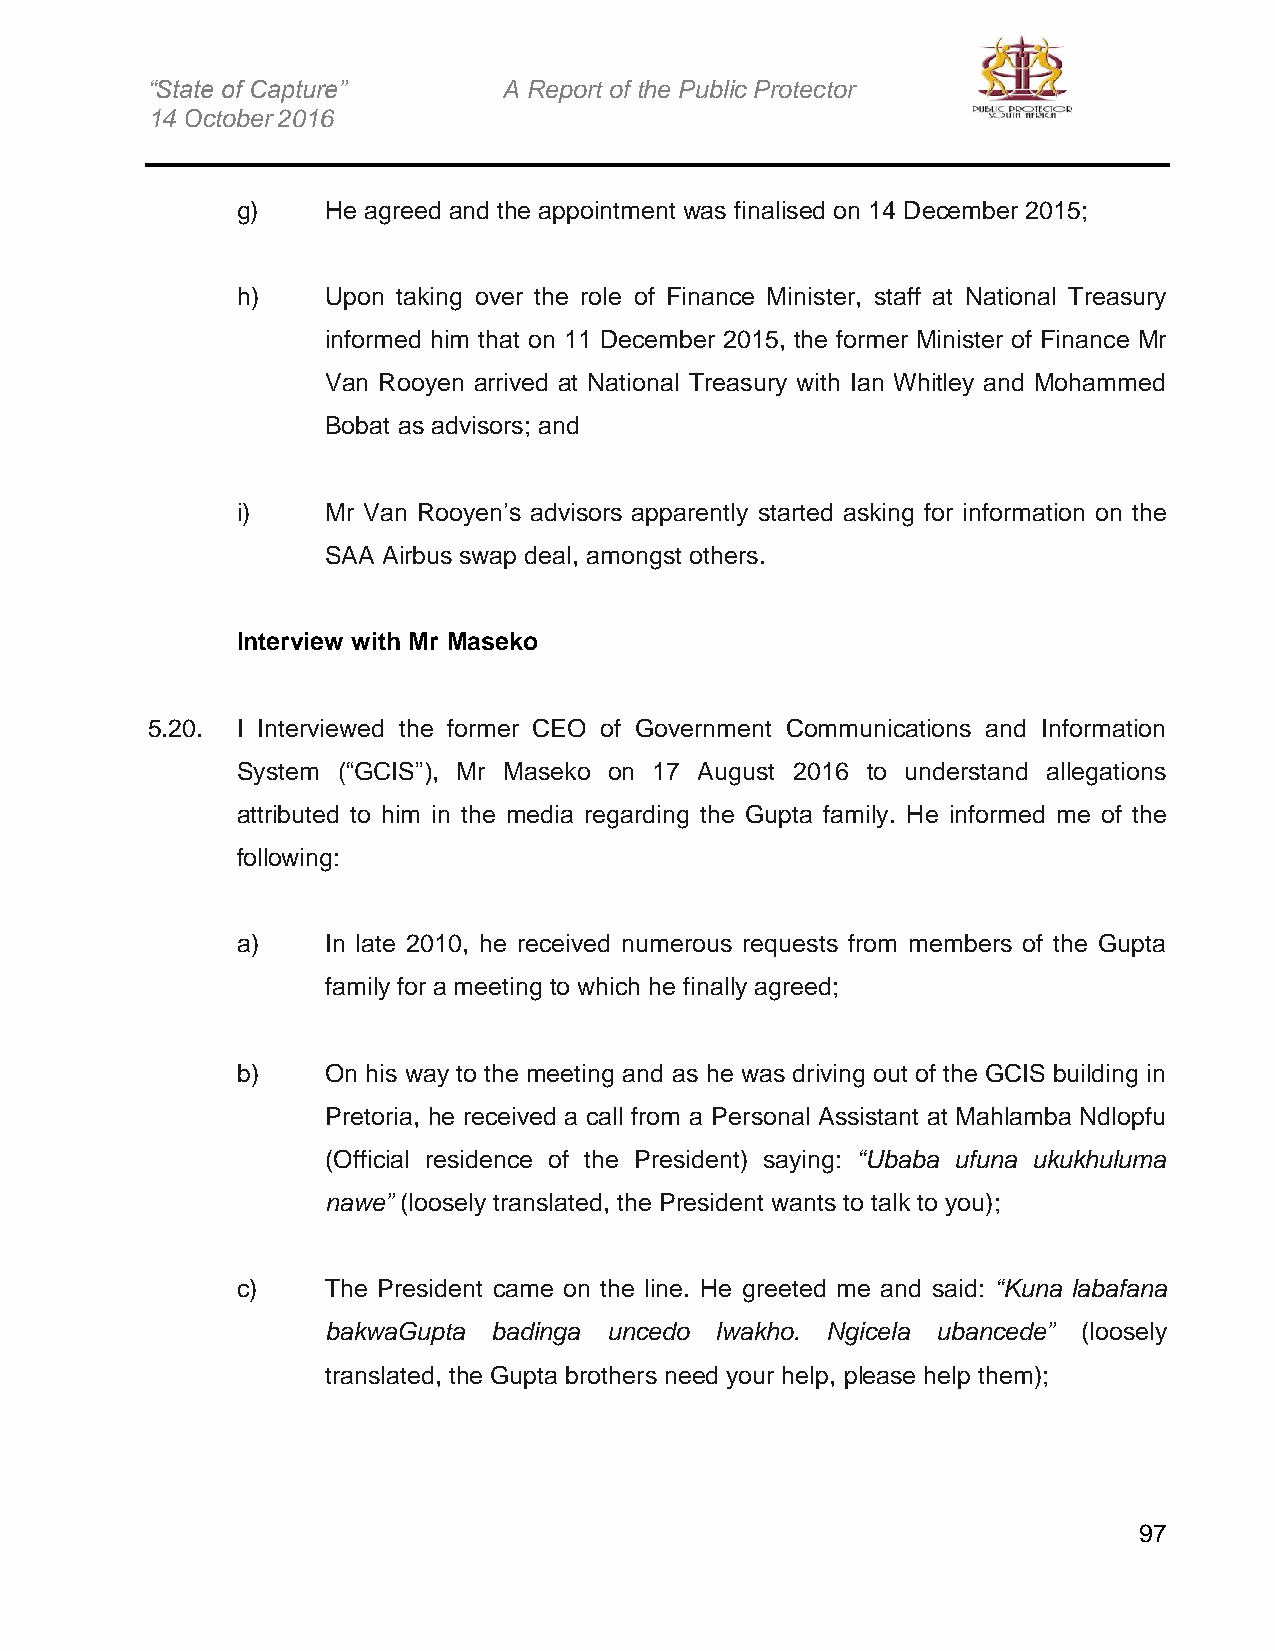
“State of Capture”     A Report of the Public Protector
 14 October 2016
 g)    He agreed and the appointment was finalised on 14 December 2015;
 h)    Upon taking over the role of Finance Minister, staff at National Treasury
 informed him that on 11 December 2015, the former Minister of Finance Mr
 Van Rooyen arrived at National Treasury with Ian Whitley and Mohammed
 Bobat as advisors; and
 i)    Mr Van Rooyen’s advisors apparently started asking for information on the
 SAA Airbus swap deal, amongst others.
 Interview with Mr Maseko
 5.20. I Interviewed the former CEO of Government Communications and Information
 System (“GCIS”), Mr Maseko on 17 August 2016 to understand allegations
 attributed to him in the media regarding the Gupta family. He informed me of the
 following:
 a)    In late 2010, he received numerous requests from members of the Gupta
 family for a meeting to which he finally agreed;
 b)    On his way to the meeting and as he was driving out of the GCIS building in
 Pretoria, he received a call from a Personal Assistant at Mahlamba Ndlopfu
 (Official residence of the President) saying: “Ubaba ufuna ukukhuluma
 nawe” (loosely translated, the President wants to talk to you);
 c)    The President came on the line. He greeted me and said: “Kuna labafana
 bakwaGupta badinga uncedo lwakho. Ngicela ubancede” (loosely
 translated, the Gupta brothers need your help, please help them);
 97